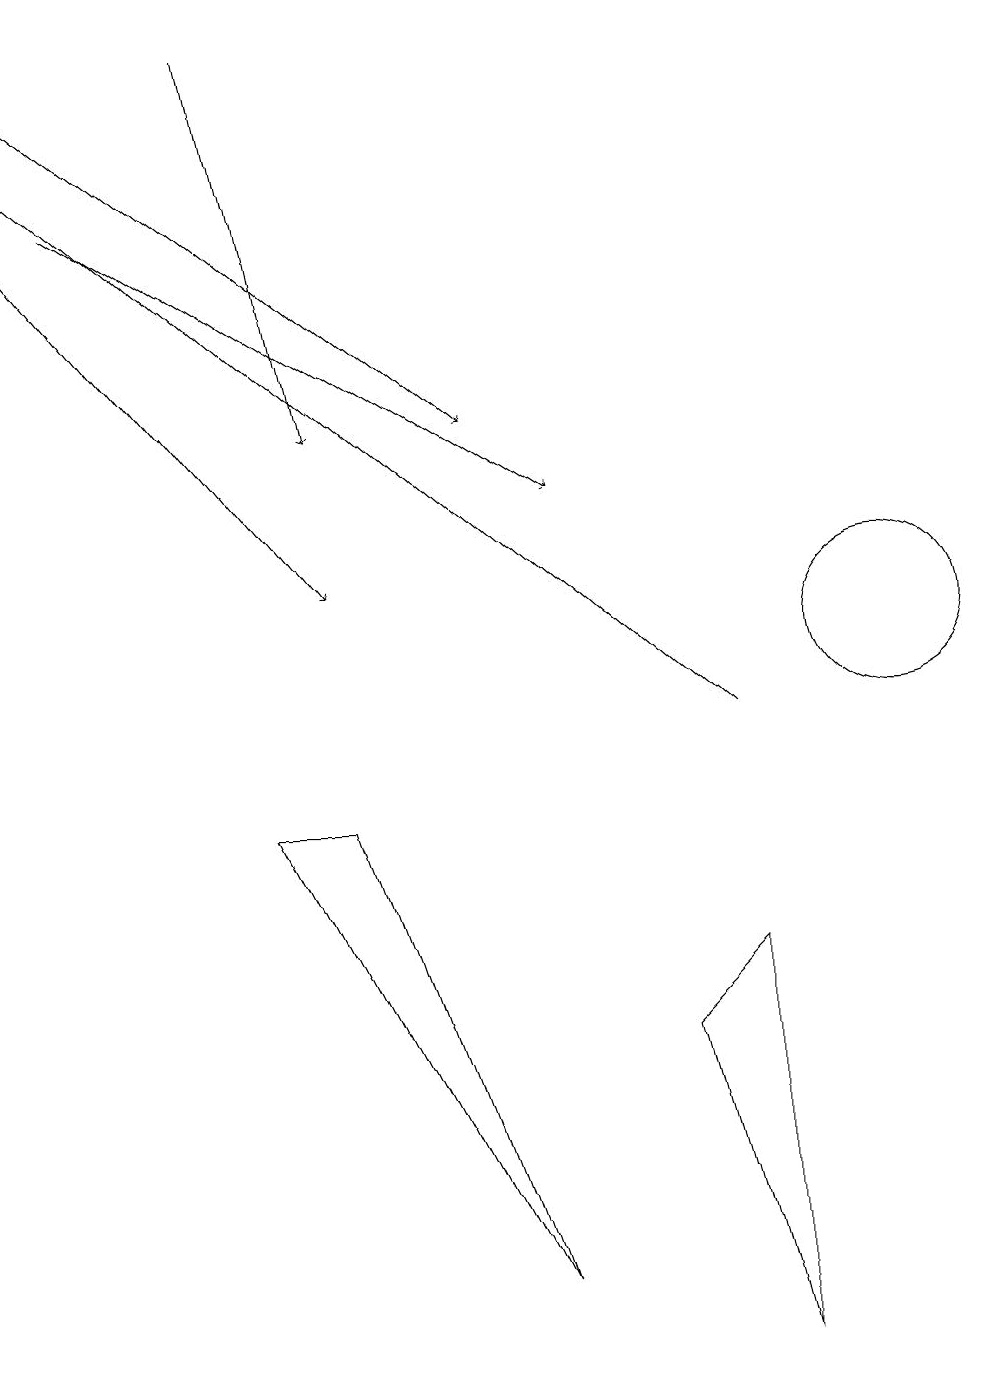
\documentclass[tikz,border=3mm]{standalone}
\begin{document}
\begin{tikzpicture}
\draw (8,6) -- (9,7) -- (9,2) -- cycle;
\draw[->] (0,17) -- (4,12);
\draw (11,11) circle (1);
\draw[->] (3,19) -- (4,14);
\draw (3,9) -- (4,9) -- (6,3) -- cycle;
\draw[->] (1,17) -- (7,13);
\draw[->] (9,10) -- (0,18);
\draw[->] (0,19) -- (6,14);
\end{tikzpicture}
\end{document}